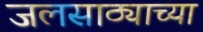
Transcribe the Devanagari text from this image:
जलसाठ्याच्या